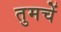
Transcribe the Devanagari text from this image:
तुमचें